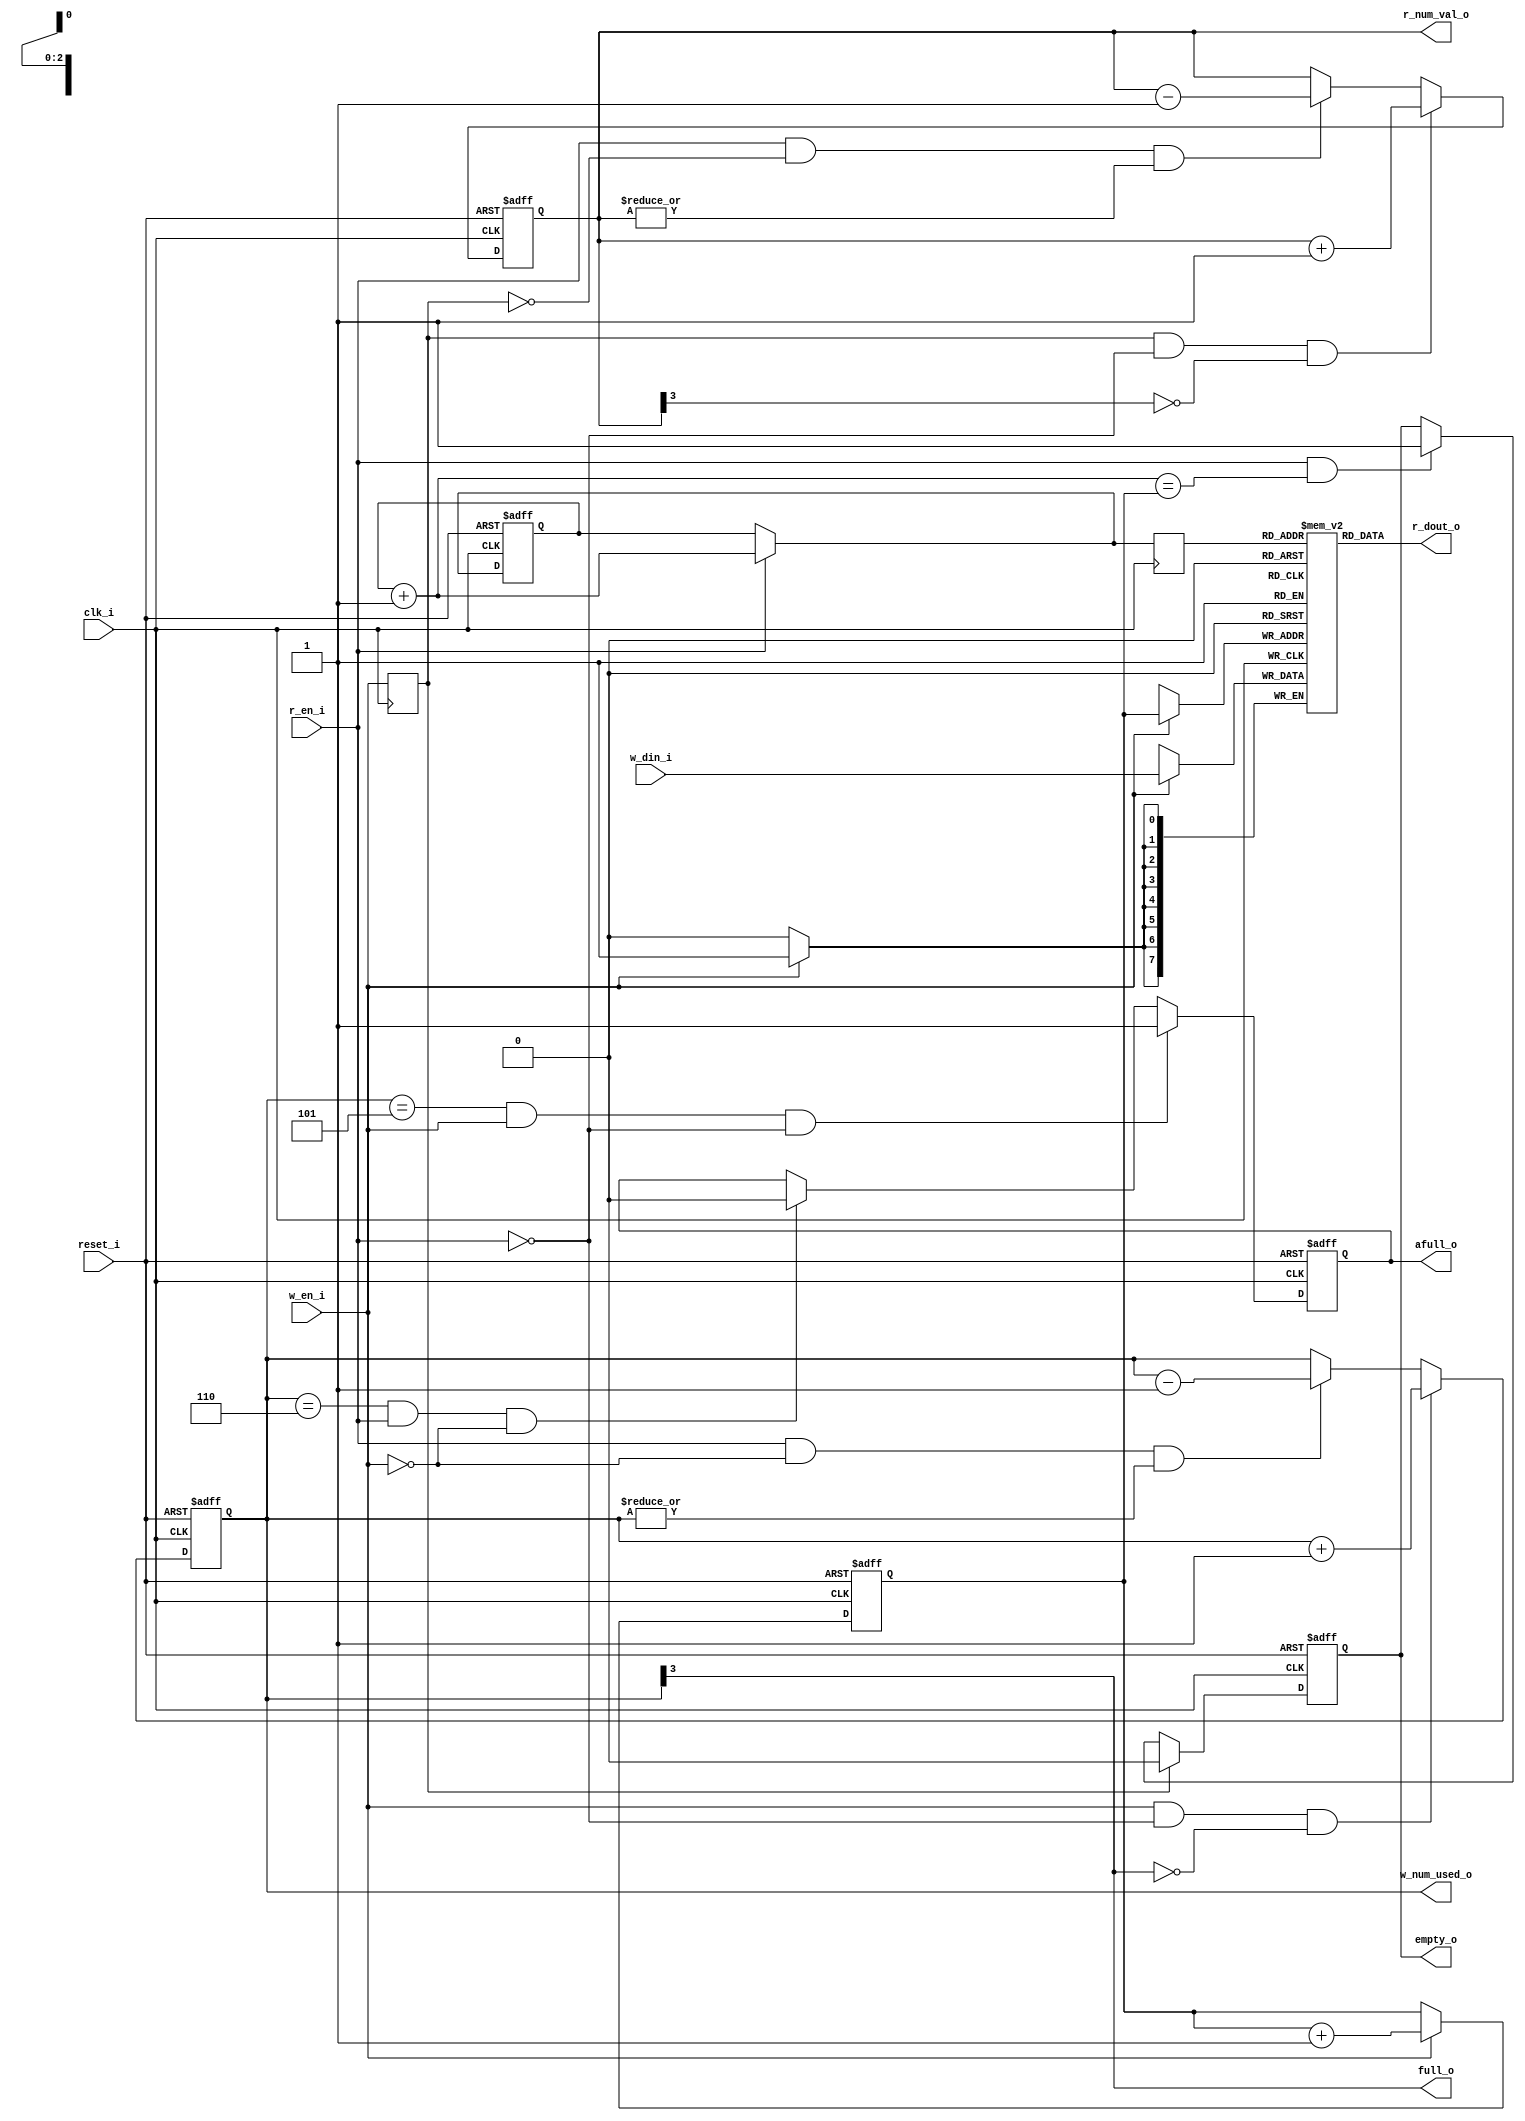
`timescale 1ns/100ps

module interlayer_sync_fifo
(
	reset_i,
	clk_i,

	w_en_i,
	w_din_i,
	w_num_used_o,			// how many line has been used

	r_en_i,
	r_dout_o,
	r_num_val_o,			// how many line can be read

	afull_o,
	full_o,
	empty_o
);

parameter aw = 3;           // FIFO depth is 2^aw lines
parameter dw = 8;           // FIFO width
parameter afull_t = 6;      // Almost full threshold
parameter distribute_ram = "false";     // If True, use distributed ram; If False, the compiler make the desision 

input					reset_i;
input					clk_i;
input					w_en_i;
input	[dw-1:0]		w_din_i;
output	[aw:0]			w_num_used_o;
input					r_en_i;
output	[dw-1:0] 		r_dout_o;
output	[aw:0]			r_num_val_o;
output					afull_o;
output					full_o;
output					empty_o;


reg		[aw:0]			w_num_used_o;
reg		[aw:0]			r_num_val_o;
wire					full_o;
reg						afull_o;
reg						empty_o;


reg						w_en_dly;
wire	[aw-1:0]		write_addr;
wire	[aw-1:0]		read_addr;


reg		[aw-1:0]		raddr;
wire	[aw-1:0]		raddr_next;
reg		[aw-1:0]		waddr;
wire	[aw-1:0]		waddr_next;


assign	write_addr [aw-1:0]	= waddr [aw-1:0];
assign	waddr_next [aw-1:0]	= waddr [aw-1:0] + 1;
assign	raddr_next [aw-1:0]	= raddr [aw-1:0] + 1;
assign	read_addr [aw-1:0]	= r_en_i ? raddr_next [aw-1:0] : raddr [aw-1:0];  


always	@ (posedge clk_i)
	w_en_dly	<= w_en_i;


always	@ (posedge clk_i or posedge reset_i)
begin
	if (reset_i)
		waddr	<= 0;
	else if (w_en_i)
    	waddr 	<= waddr_next;
end


always	@ (posedge clk_i or posedge reset_i)
begin
	if (reset_i)
		raddr	<= 0;
	else if (r_en_i)
    	raddr 	<= raddr_next;
end

assign	full_o = w_num_used_o [aw];

always	@ (posedge clk_i or posedge reset_i)
begin
	if (reset_i)
		empty_o	<= 1;
	else if (w_en_dly)
		empty_o	<= 0;
	else if (r_en_i & (raddr_next == waddr))
		empty_o <= 1;
end


always	@ (posedge clk_i or posedge reset_i)
begin
	if (reset_i)
		w_num_used_o	<= 0;
	else if (w_en_i & (~r_en_i) & (~w_num_used_o [aw]))
		w_num_used_o	<= w_num_used_o + 1'b1;
	else if (r_en_i & (~w_en_i) & (|w_num_used_o))
		w_num_used_o	<= w_num_used_o - 1'b1;
end


always	@ (posedge clk_i or posedge reset_i)
begin
	if (reset_i)
		r_num_val_o	<= 0;
	else if (w_en_dly & (~r_en_i) & (~r_num_val_o [aw]))
		r_num_val_o	<= r_num_val_o + 1'b1;
	else if (r_en_i & (~w_en_dly) & (|r_num_val_o))
		r_num_val_o	<= r_num_val_o - 1'b1;
end


always	@ (posedge clk_i or posedge reset_i)
begin
	if (reset_i)
		afull_o		<= 0;
	else if ((w_num_used_o == (afull_t - 1)) & w_en_i & (~r_en_i))
		afull_o		<= 1;
	else if ((w_num_used_o == afull_t) & r_en_i & (~w_en_i))
		afull_o		<= 0;
end


//----------------------------------------------------------------------------//
//-------------------------------    RAM    ----------------------------------//
//----------------------------------------------------------------------------//

reg 	[aw-1:0]		addr_reg;
always @(posedge clk_i)
	addr_reg <= read_addr;	


generate if (distribute_ram == "true") begin : fifo_ram
(*ram_style="distributed"*)reg		[dw-1:0]		mem [(1<<aw)-1:0];
    always @(posedge clk_i)
    if (w_en_i)
        mem[write_addr] <= w_din_i;

    assign	r_dout_o = mem[addr_reg];
end else begin
    reg		[dw-1:0]		mem [(1<<aw)-1:0];
    always @(posedge clk_i)
    if (w_en_i)
        mem[write_addr] <= w_din_i;

    assign	r_dout_o = mem[addr_reg];
end
endgenerate

endmodule